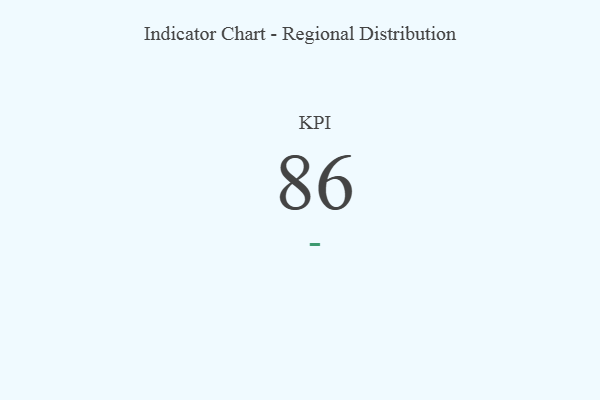
{"axis": {"x": "KPI", "y": "Value"}, "legend": [""], "data": [{"x": "KPI", "y": 86, "type": ""}]}